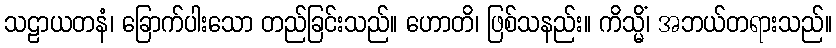
သဠာယတနံ၊ ခြောက်ပါးသော တည်ခြင်းသည်။ ဟောတိ၊ ဖြစ်သနည်း။ ကိသ္မိံ၊ အဘယ်တရားသည်။